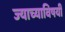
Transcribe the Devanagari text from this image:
ज्याच्याविषयी